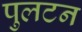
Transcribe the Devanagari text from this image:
पुलटन